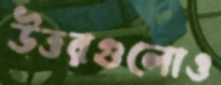
উত্তরগুলোও